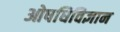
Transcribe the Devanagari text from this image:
ओषधिविज्ञान